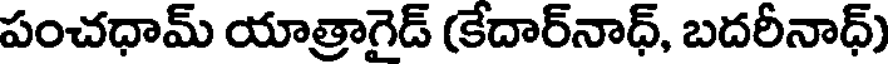
పంచధామ్ యాత్రాగైడ్ (కేదార్నాధ్, బదరీనాధ్)